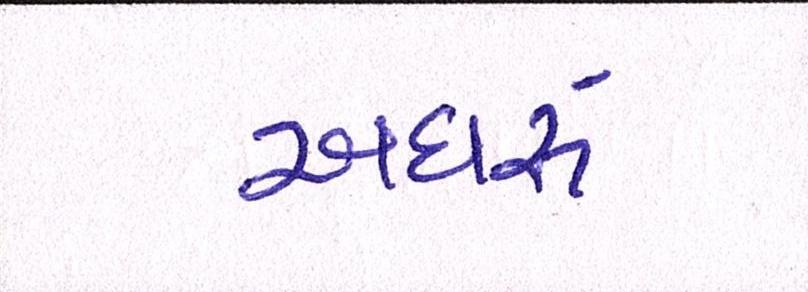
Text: અઘરું